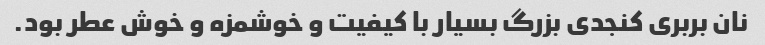
نان بربری کنجدی بزرگ بسیار با کیفیت و خوشمزه و خوش عطر بود.